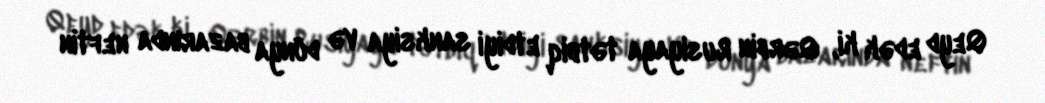
Qeyd edək ki, Qərbin Rusiyaya tətbiq etdiyi sanksiya və dünya bazarında neftin